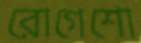
রোগেশো